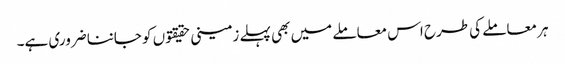
ہر معاملے کی طرح اس معاملے میں بھی پہلے زمینی حقیقتو ں کو جاننا ضروری ہے۔